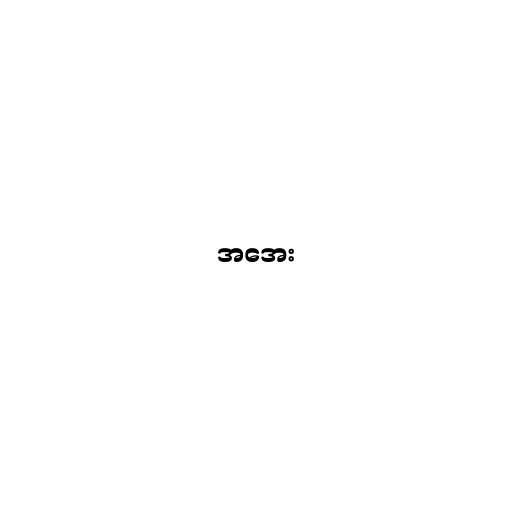
အအေး